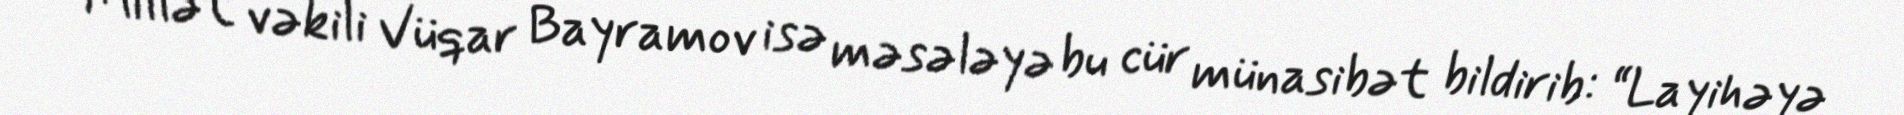
Millət vəkili Vüqar Bayramov isə məsələyə bu cür münasibət bildirib: “Layihəyə